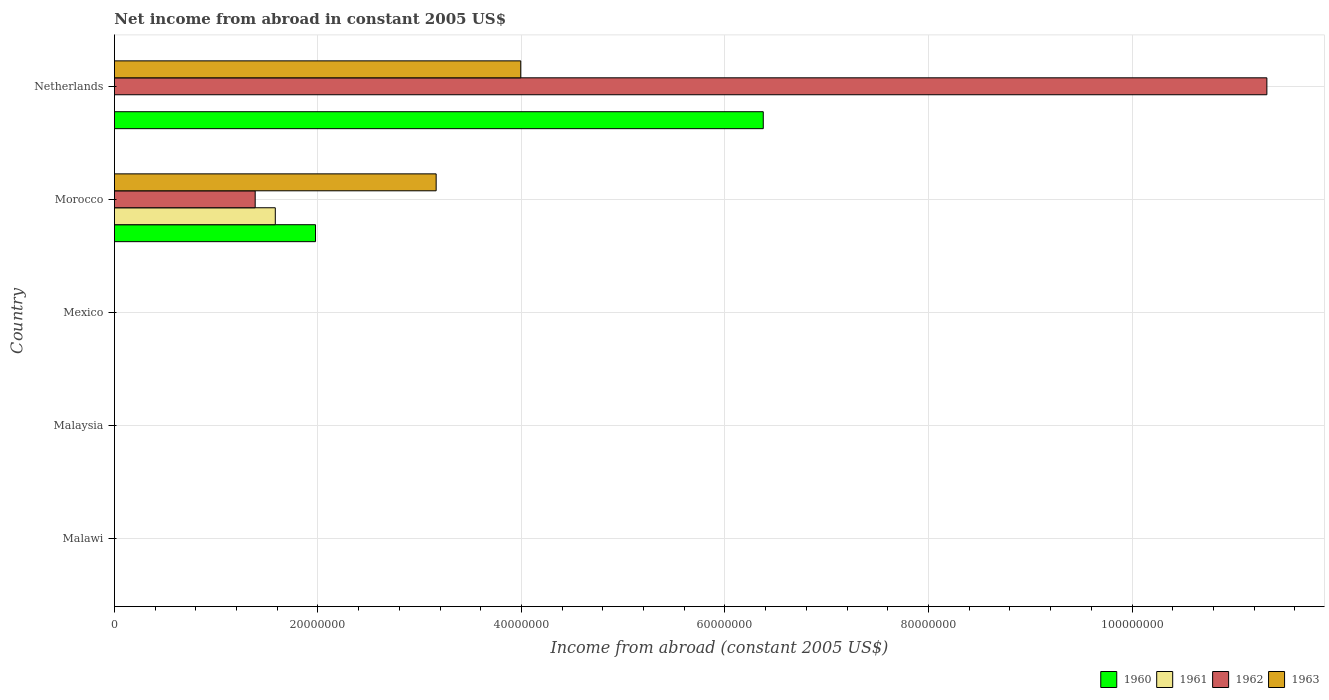
| Country | 1960 | 1961 | 1962 | 1963 |
 | --- | --- | --- | --- | --- |
 | Malawi | -2.24e+06 | -3.08e+06 | -1.96e+06 | -2.24e+06 |
 | Malaysia | -8.17e+07 | -6.17e+07 | -4.64e+07 | -5.59e+07 |
 | Mexico | -3.74e+08 | -3.85e+08 | -3.86e+08 | -4.3e+08 |
 | Morocco | 1.98e+07 | 1.58e+07 | 1.38e+07 | 3.16e+07 |
 | Netherlands | 6.38e+07 | -3.16e+06 | 1.13e+08 | 3.99e+07 |